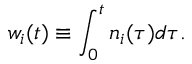
w _ { i } ( t ) \equiv \int _ { 0 } ^ { t } n _ { i } ( \tau ) d \tau .